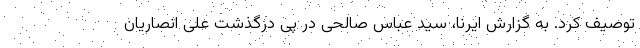
توصیف کرد. به گزارش ایرنا، سید عباس صالحی در پی درگذشت علی انصاریان